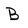
Character: B